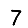
Digit: 7